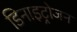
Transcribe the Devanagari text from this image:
डिनाइट्रोजन